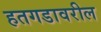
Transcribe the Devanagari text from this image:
हतगडावरील